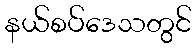
နယ်စပ်ဒေသတွင်